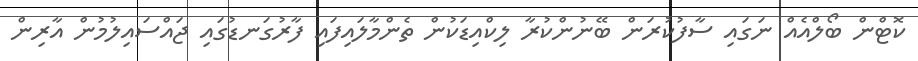
ކޮޓްން ބޯލްއެއް ނަގައި ސާފުކުރަން ބޭނުންކުރާ ލިކްއިޑަކުން ތެންމާލައިފައި ފާރުގަނޑުގައި ޖައްސައިލުމުން އާރިން